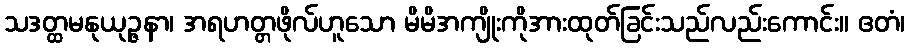
သဒတ္ထမနုယုဉ္ဇနာ၊ အရဟတ္တဖိုလ်ဟူသော မိမိအကျိုးကိုအားထုတ်ခြင်းသည်လည်းကောင်း။ ဧတံ၊